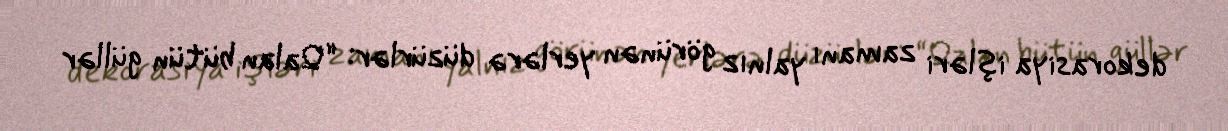
dekorasiya işləri zamanı yalnız görünən yerlərə düzürlər: “Qalan bütün güllər